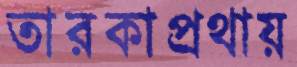
তারকাপ্রথায়